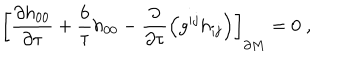
\left[ { \frac { \partial h _ { 0 0 } } { \partial \tau } } + { \frac { 6 } { \tau } } h _ { 0 0 } - { \frac { \partial } { \partial \tau } } \Bigr ( g ^ { i j } h _ { i j } \Bigr ) \right] _ { \partial M } = 0 \; ,